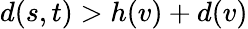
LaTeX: d(s,t)>h(v)+d(v)